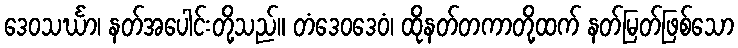
ဒေဝသင်္ဃာ၊ နတ်အပေါင်းတို့သည်။ တံဒေဝဒေဝံ၊ ထိုနတ်တကာတို့ထက် နတ်မြတ်ဖြစ်သော